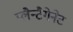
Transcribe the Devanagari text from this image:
प्लैन्टैगेनेट